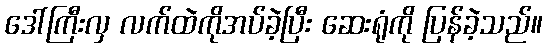
ဒေါ်ကြီးလှ လက်ထဲကိုအပ်ခဲ့ပြီး ဆေးရုံကို ပြန်ခဲ့သည်။